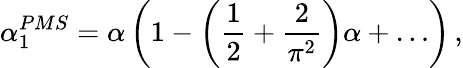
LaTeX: \alpha_{1}^{PMS}=\alpha\left(1-\left({\frac{1}{2}}+{\frac{2}{\pi^{2}}}\right)\alpha+\ldots\right)\, ,